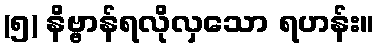
(၅) နိဗ္ဗာန်ရလိုလှသော ရဟန်း။